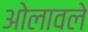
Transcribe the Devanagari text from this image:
ओलावले